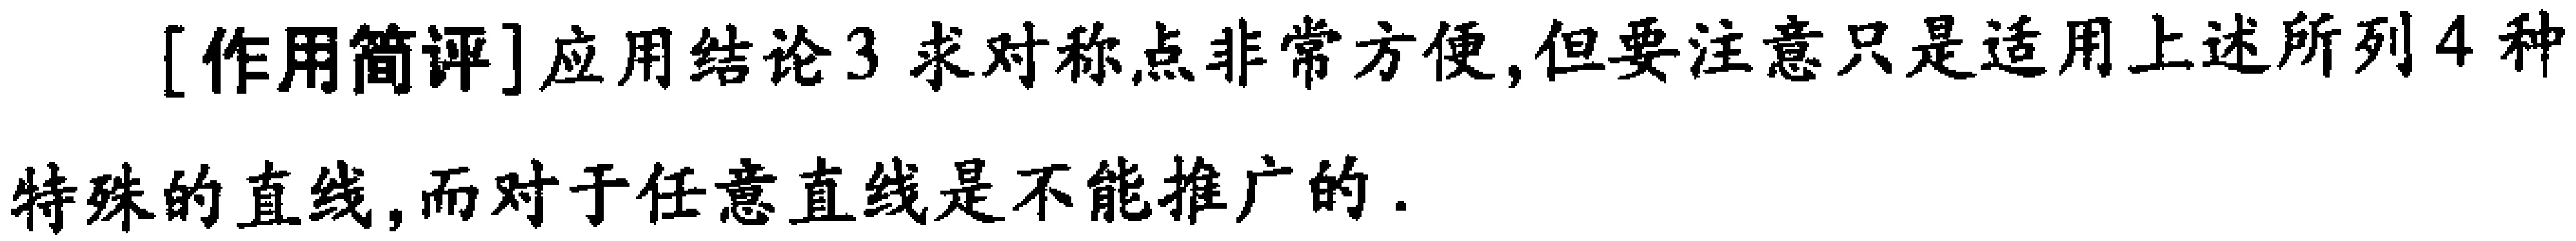
[作用简评]应用结论3 求对称点非常方便,但要注意只是适用上述所列4种特殊的直线,而对于任意直线是不能推广的.